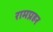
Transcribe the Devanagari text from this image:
रामप्रहर